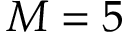
M = 5